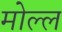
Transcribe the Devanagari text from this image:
मोल्ल